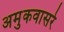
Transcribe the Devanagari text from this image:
अमुकवासरे